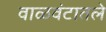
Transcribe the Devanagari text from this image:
वाळवंटातले